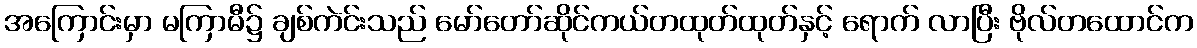
အကြောင်းမှာ မကြာမီ၌ ချစ်ကဲင်းသည် မော်တော်ဆိုင်ကယ်တထုတ်ထုတ်နှင့် ရောက် လာပြီး ဗိုလ်တထောင်က